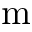
\mathrm { m }